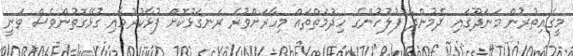
މީގެއިތުރުން މަނަދޫގައި ދެމުންދާ ފުލުހުންގެ ހިދުމަތްތައް މިހާރަށްވުރެ ރަނގަޅުކޮށް ފުޅާކުރުމާއި ގުޅޭގޮތުންވެސް ވަނީ